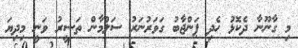
މި ގާނޫނާ ދެކޮޅު ހެދި ޕަންޖާބު ގަވަރުނަރު ސަލްމާން ތަސީރު ވަނީ މިދިޔަ